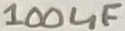
Text: 100uF